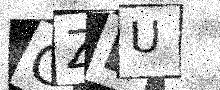
Text: CZDU